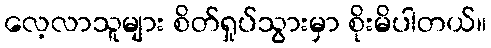
လေ့လာသူများ စိတ်ရှုပ်သွားမှာ စိုးမိပါတယ်။